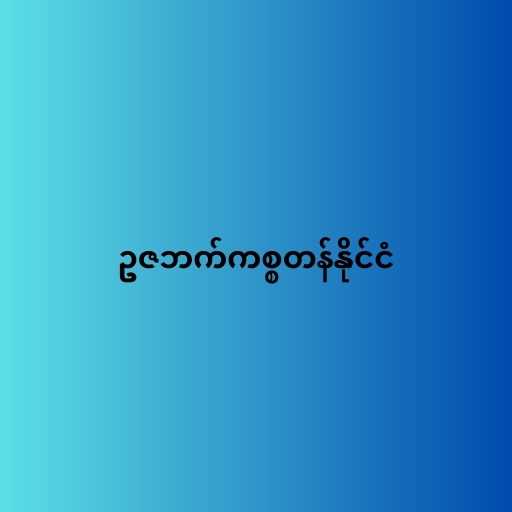
ဥဇဘက်ကစ္စတန်နိုင်ငံ